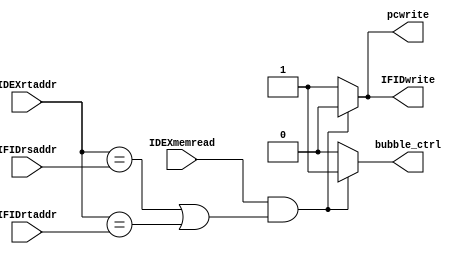
module HazardDetection
(
	IDEXmemread,
	IDEXrtaddr,
	IFIDrsaddr,
	IFIDrtaddr,
	bubble_ctrl,
	IFIDwrite,
	pcwrite
);

input IDEXmemread;
input [4:0] IDEXrtaddr;
input [4:0] IFIDrsaddr, IFIDrtaddr;

output reg bubble_ctrl, IFIDwrite, pcwrite;

initial begin
	bubble_ctrl <= 1'b0;
	IFIDwrite <= 1'b1;
	pcwrite <= 1'b1;
end

always@(*) begin
	if(IDEXmemread && ((IDEXrtaddr == IFIDrsaddr) || (IDEXrtaddr == IFIDrtaddr)))begin
		bubble_ctrl <= 1'b1; // bubble
		IFIDwrite <= 1'b0; // don't write
		pcwrite <= 1'b0; // don't write
	end
	else begin
		bubble_ctrl <= 1'b0;
		IFIDwrite <= 1'b1;
		pcwrite <= 1'b1;
	end
end

endmodule